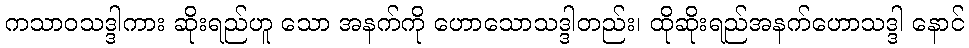
ကသာဝသဒ္ဒါကား ဆိုးရည်ဟူ သော အနက်ကို ဟောသောသဒ္ဒါတည်း၊ ထိုဆိုးရည်အနက်ဟောသဒ္ဒါ နောင်